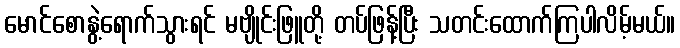
မောင်စောနွဲ့ရောက်သွားရင် မဗျိုင်းဖြူတို့ တပ်ဖြန့်ပြီး သတင်းထောက်ကြပါလိမ့်မယ်။